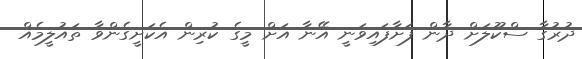
ދުރުގާ ސްކޫލަށް ދާން ފަށާފައިވަނީ އޭނާ އަށް މީގެ ކުރިން އެކަށީގެންވާ ތައުލީމެއް